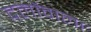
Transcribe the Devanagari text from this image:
दलोंवाला